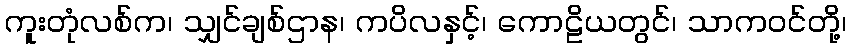
ကူးတုံလစ်က၊ သျှင်ချစ်ဌာန၊ ကပိလနှင့်၊ ကောဠိယတွင်၊ သာကဝင်တို့၊